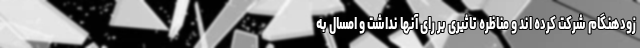
زودهنگام شرکت کرده اند و مناظره تاثیری بر رای آنها نداشت و امسال به